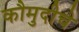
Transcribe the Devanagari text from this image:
कौमुदीचे